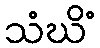
သံဃိံ